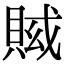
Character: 𧶍